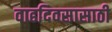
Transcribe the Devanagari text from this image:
वाढदिवसासाठी